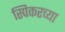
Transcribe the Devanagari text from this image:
स्पिकरच्या